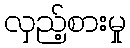
လှည့်စားမှု